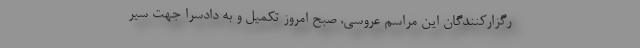
رگزارکنندگان این مراسم عروسی، صبح امروز تکمیل و به دادسرا جهت سیر